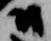
尉